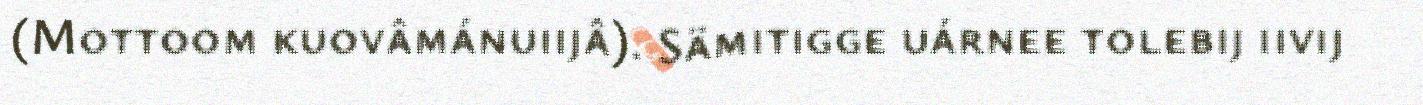
(Mottoom kuovâmánuiijâ). Sämitigge uárnee tolebij iivij